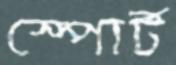
স্পোর্ট